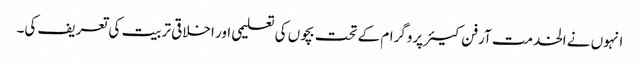
انہوں نے الخدمت آرفن کیئر پروگرام کے تحت بچوں کی تعلیمی اور اخلاقی تربیت کی تعریف کی۔